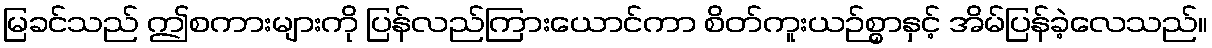
မြခင်သည် ဤစကားများကို ပြန်လည်ကြားယောင်ကာ စိတ်ကူးယဉ်စွာနှင့် အိမ်ပြန်ခဲ့လေသည်။